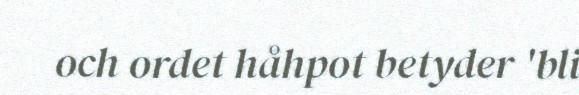
och ordet håhpot betyder 'bli